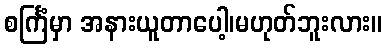
စင်္ကြံမှာ အနားယူတာပေါ့၊မဟုတ်ဘူးလား။